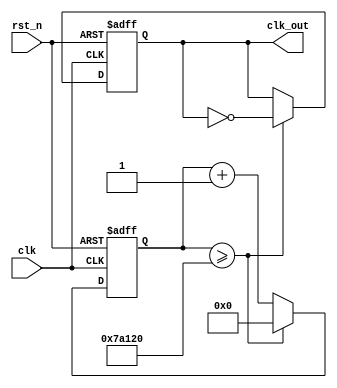
`timescale 1ns / 1ps
//////////////////////////////////////////////////////////////////////////////////
// Company: 
// Engineer: 
// 
// Design Name: 
// Module Name: fre_div_100
// Project Name: 
// Target Devices: 
// Tool Versions: 
// Description: 
// 
// Dependencies: 
// 
// Revision:
// Revision 0.01 - File Created
// Additional Comments:
// 
//////////////////////////////////////////////////////////////////////////////////


`define FREQ_DIV_BIT 26
`define FREQ_DIV_100_NUM 500000

module fre_div_100(
output reg clk_out, //100hz
input clk,          // global clock input
input rst_n         // reset
);
reg [`FREQ_DIV_BIT-1:0] clk_rec; // current_state
reg [`FREQ_DIV_BIT-1:0] cnt_tmp; // next_state (into FFs)

always @*    
    cnt_tmp <= clk_rec + 1'b1;

always @(posedge clk or negedge rst_n)
    if (~rst_n) begin
        clk_rec <= `FREQ_DIV_BIT'd0;
        clk_out <= 1'd0;
    end
    else if (clk_rec >= `FREQ_DIV_100_NUM)  begin
        clk_rec <= `FREQ_DIV_BIT'd0;
        clk_out <= (~clk_out);
    end
    else clk_rec <= cnt_tmp;

endmodule